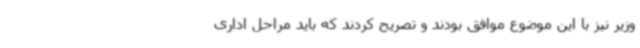
وزیر نیز با این موضوع موافق بودند و تصریح کردند که باید مراحل اداری